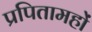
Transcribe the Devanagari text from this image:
प्रपितामहों